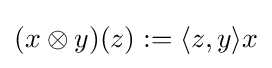
(x\otimes y)(z):=\langle z,y\rangle x